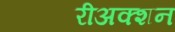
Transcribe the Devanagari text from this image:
रीअक्शन